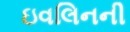
ઇવલિનની